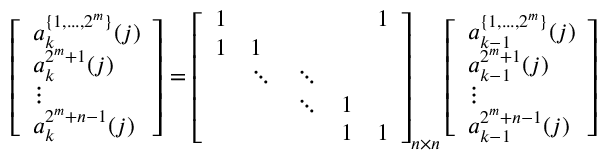
\left[ \begin{array} { l } { a _ { k } ^ { \{ 1 , . . . , 2 ^ { m } \} } ( j ) } \\ { a _ { k } ^ { 2 ^ { m } + 1 } ( j ) } \\ { \vdots } \\ { a _ { k } ^ { 2 ^ { m } + n - 1 } ( j ) } \end{array} \right] = \left[ \begin{array} { l l l l l } { 1 } & & & & { 1 } \\ { 1 } & { 1 } & \\ & { \ddots } & { \ddots } \\ & & { \ddots } & { 1 } & \\ & & & { 1 } & { 1 } \end{array} \right] _ { n \times n } \left[ \begin{array} { l } { a _ { k - 1 } ^ { \{ 1 , . . . , 2 ^ { m } \} } ( j ) } \\ { a _ { k - 1 } ^ { 2 ^ { m } + 1 } ( j ) } \\ { \vdots } \\ { a _ { k - 1 } ^ { 2 ^ { m } + n - 1 } ( j ) } \end{array} \right]